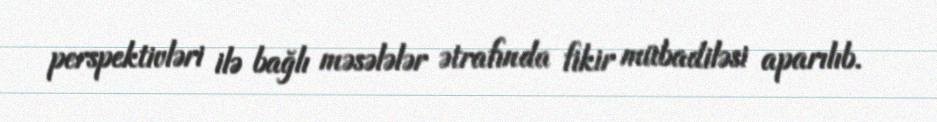
perspektivləri ilə bağlı məsələlər ətrafında fikir mübadiləsi aparılıb.